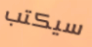
سيكتب